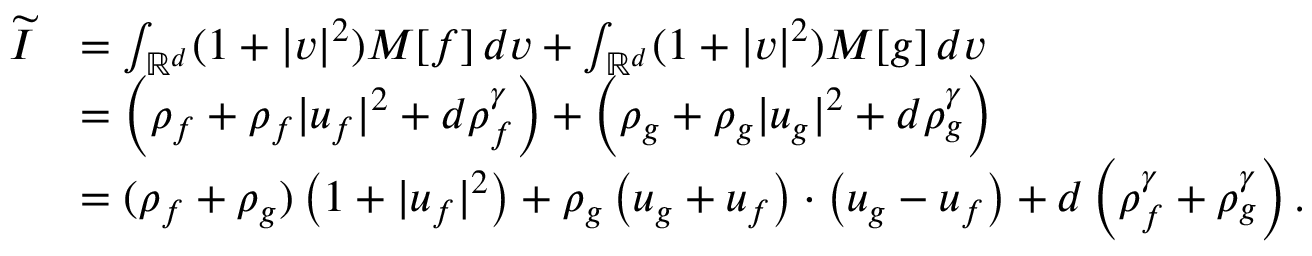
\begin{array} { r l } { \widetilde { I } } & { = \int _ { \mathbb { R } ^ { d } } ( 1 + | v | ^ { 2 } ) M [ f ] \, d v + \int _ { \mathbb { R } ^ { d } } ( 1 + | v | ^ { 2 } ) M [ g ] \, d v } \\ & { = \left( \rho _ { f } + \rho _ { f } | u _ { f } | ^ { 2 } + d \rho _ { f } ^ { \gamma } \right) + \Big ( \rho _ { g } + \rho _ { g } | u _ { g } | ^ { 2 } + d \rho _ { g } ^ { \gamma } \Big ) } \\ & { = ( \rho _ { f } + \rho _ { g } ) \left( 1 + | u _ { f } | ^ { 2 } \right) + \rho _ { g } \left( u _ { g } + u _ { f } \right) \cdot \left( u _ { g } - u _ { f } \right) + d \left( \rho _ { f } ^ { \gamma } + \rho _ { g } ^ { \gamma } \right) . } \end{array}